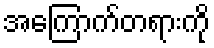
အကြောက်တရားကို